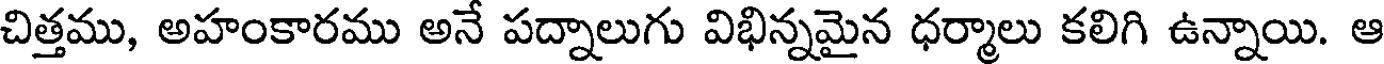
చిత్తము, అహంకారము అనే పద్నాలుగు విభిన్నమైన ధర్మాలు కలిగి ఉన్నాయి. ఆ